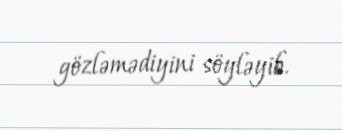
gözləmədiyini söyləyib.